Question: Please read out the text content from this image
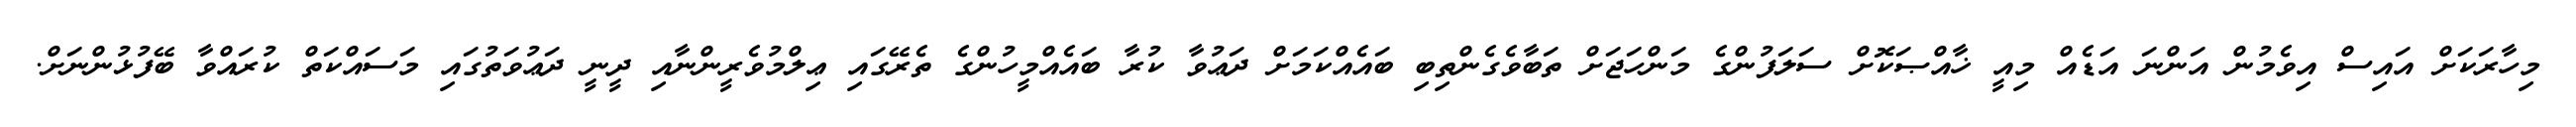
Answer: މިހާރަކަށް އައިސް އިވެމުން އަންނަ އަޑެއް މިއީ ޚާއްޞަކޮށް ސަލަފުންގެ މަންހަޖަށް ތަބާވެގެންތިބި ބައެއްކަމަށް ދަޢުވާ ކުރާ ބައެއްމީހުންގެ ތެރޭގައި ޢިލްމުވެރީންނާއި ދީނީ ދަޢުވަތުގައި މަސައްކަތް ކުރައްވާ ބޭފުޅުންނަށް.